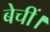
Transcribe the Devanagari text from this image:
बेचीं।